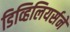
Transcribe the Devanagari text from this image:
डिव्हिलियर्सने